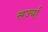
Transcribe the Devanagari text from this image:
सर्ज्या